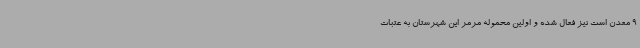
9 معدن است نیز فعال شده و اولین محموله مرمر این شهرستان به عتبات